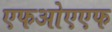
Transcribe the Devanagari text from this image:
एफओएएफ